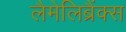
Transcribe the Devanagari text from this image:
लैमेलिब्रैंक्स